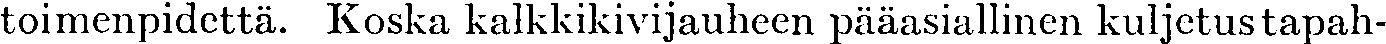
toimenpidettä. Koska kalkkikivijauheen pääasiallinen kuljetustapah-